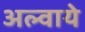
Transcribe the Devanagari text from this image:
अल्वाये